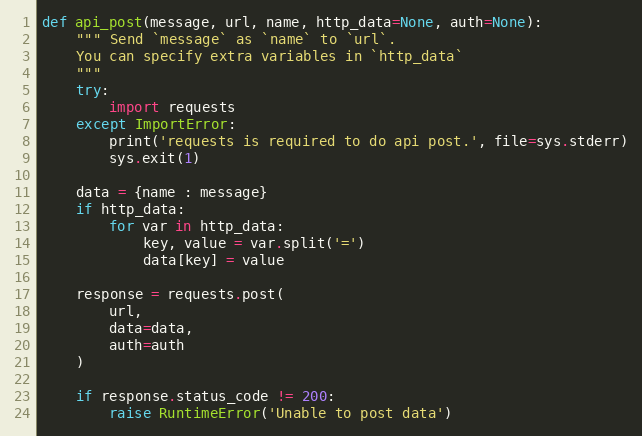
Language: Python
def api_post(message, url, name, http_data=None, auth=None):
    """ Send `message` as `name` to `url`.
    You can specify extra variables in `http_data`
    """
    try:
        import requests
    except ImportError:
        print('requests is required to do api post.', file=sys.stderr)
        sys.exit(1)

    data = {name : message}
    if http_data:
        for var in http_data:
            key, value = var.split('=')
            data[key] = value

    response = requests.post(
        url,
        data=data,
        auth=auth
    )

    if response.status_code != 200:
        raise RuntimeError('Unable to post data')